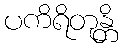
ပကိရိတုန္တိ